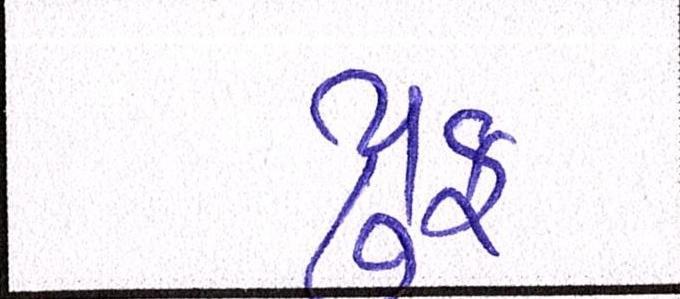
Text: પ્રુફ